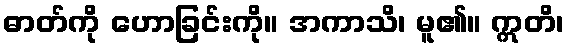
ဓာတ်ကို ဟောခြင်းကို။ အကာသိ၊ မူ၏။ ဣတိ၊